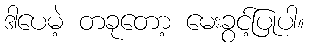
ဒါပေမဲ့ တခုတော့ မေးခွင့်ပြုပါ။